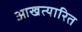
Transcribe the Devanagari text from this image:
आखत्यारित